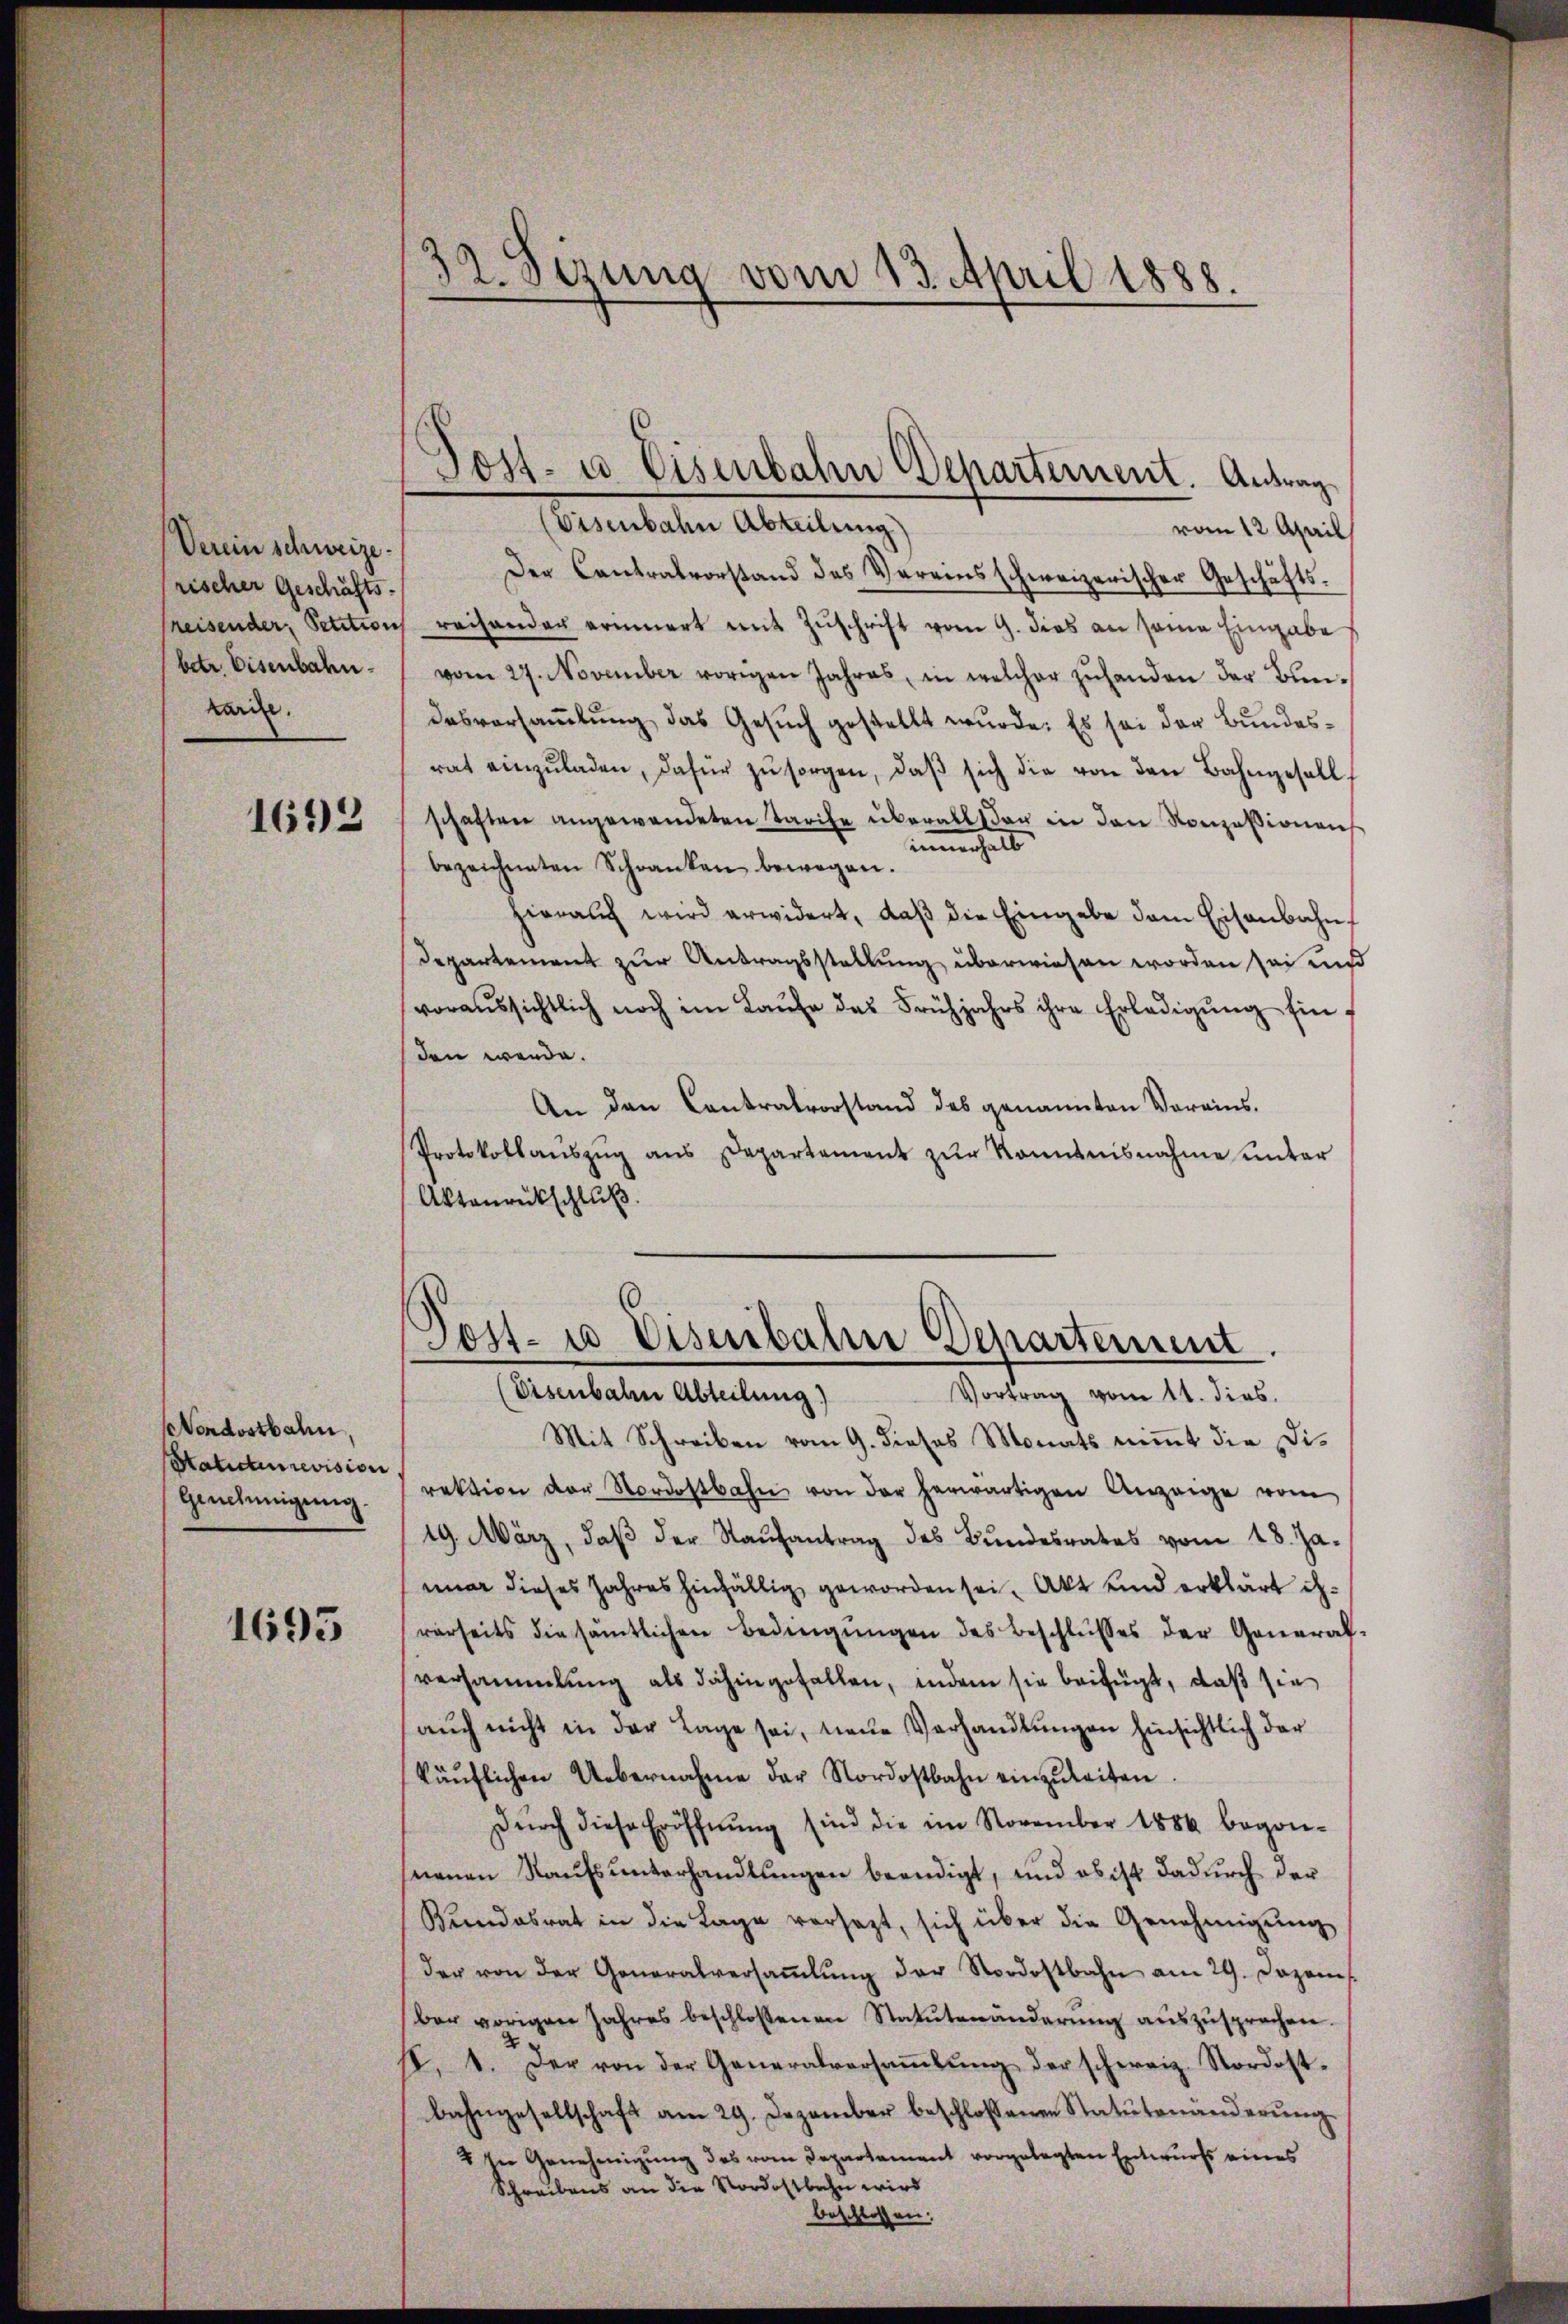
Verein schweizerischer Geschäfts-
reisender, Petition
betr. Eisenbahn.
karire.

1693

Vondostbahn
Hatictum revision
Genehmigung.

1695

32. Sezung vom 13. April 1888.

(Disenbahn Abteilung)
Vortrag vom 11. dies
Mit Schreiben vom 9. dieses Monats nimmt die Dis
rektion der Nordostbahn von der herwärtigen Anzeige vom
19. März, daβ der Raŭfantrag des Bŭndesrates vom 18. Ja.
mmer dieses Jahres hinfällig geworden sei. Akt und erklärt is
rarseits die sämtlichen Bedingŭngen des Beschlusses der General-
versammlung als dahingefallen, indem sie beifügt, daß sie
aŭch nicht in der Lage sei, neue Verhandlŭngen hinsichtlich der
käŭflichen Uebernahme der Nordostbahn einzŭleiten.
Dŭrch diese Eröffnŭng sind die im November 1886 begon-
nenen Raufsunterhandlungen beendigt, und es ist dadurch der
Kundesrat in die Lage versezt, sich über die Genehmigŭng
der von der Generalversaṁlŭng der Nordostbahn am 29. Dazenis
ber vorigen Jahres beschlossenen Statŭtenänderŭng aŭszŭsprachen.
2
I. 1. Der von der Generalversaṁlŭng der schweiz. Nordost-
bahngesellschaft am 29. Dezember beschlossenen Statutenänderŭng
2 in Genehmigung des vom Departament vorgelegten Entwurfs eines
Schreibens an die Nordostbahn wird
beschlossen:

(Eisenbahn Abteilung)
vom 12. April
Der Cantralvorstand des Vereinsschweizerischer Geschäftsreihander erinnert mit Zuschrift vom 9. dies an seine Eingabe
vom 27. November vorigen Jahres, in welcher zŭ handen der Bun-
desversammlung das Gesuch gestellt wurde. Es sei der Bundesrat einzŭladen, dafür zŭ sorgen, daβ sich die von den Bahngesell
schaften angewendeten Tarife überallt der in den Konzessionens
innerhalt
bezeichneten Schranken bewegen.
hierauch wird erwidert, daβ die Eingabe dem Eisenbahn
Departement zur Antragsstellung überwiesen worden sei und
voraussichtlich noch im Laŭfe des Frühjahrs ihre Erledigŭng hinden werde.
An den Contralvorstand des genannten Vereins.
Protokollaŭszŭg ans Departement zŭr Kenntnisnahme unter
Aktenrückschluß.

Post- u Eisenbahn Departement. Antrag

d
Post- u Eisenbahn Departement.